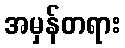
အမှန်တရား